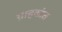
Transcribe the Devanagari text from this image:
ग्राहकांत